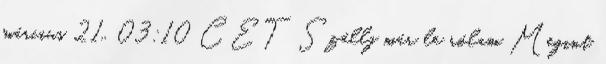
március 21., 03:10 CET Szállj már le rólam Megint